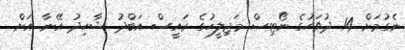
ނެގުމަށް 14 ދުވަހުގެ ނޯޓިސް މަޖިލީހުގެ ރައީސް އަބްދު ޝާހިދު އޭނާ އަށް